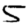
Digit: 5